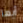
أيها